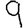
Digit: 9